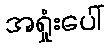
အရှုံးပေါ်